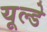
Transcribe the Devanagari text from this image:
यूल्डे